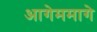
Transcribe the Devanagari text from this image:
आगेममागे